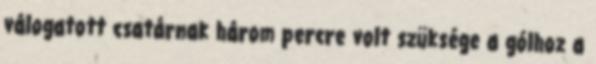
válogatott csatárnak három percre volt szüksége a gólhoz a